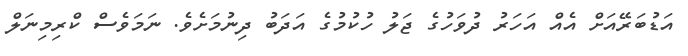
އަޑުބަރޭއަށް އެއް އަހަރު ދުވަހުގެ ޖަލު ހުކުމުގެ އަދަބު ދިނުމަށެވެ. ނަމަވެސް ކްރިމިނަލް